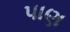
પાણ